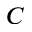
C